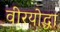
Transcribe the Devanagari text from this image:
वीरयोद्धा